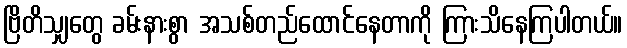
ဗြိတိသျှတွေ ခမ်းနားစွာ အသစ်တည်ထောင်နေတာကို ကြားသိနေကြပါတယ်။